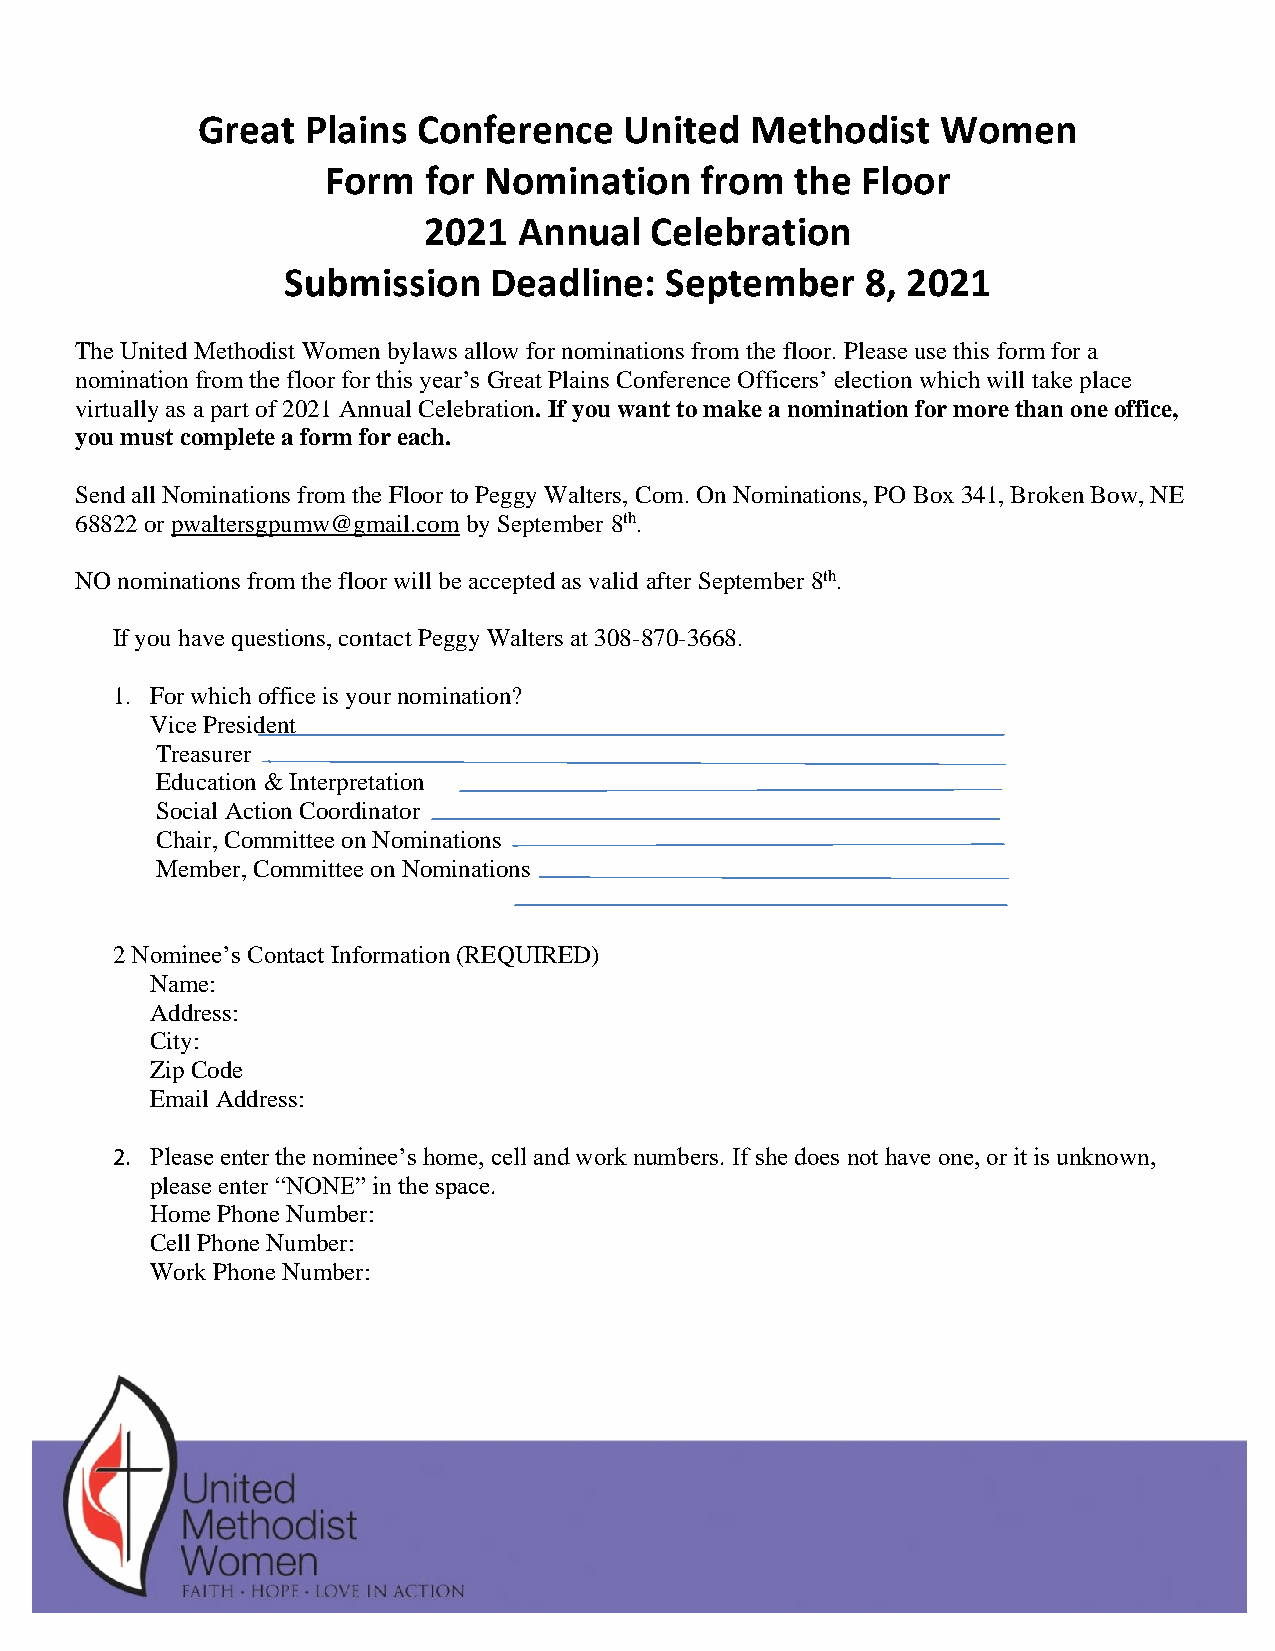
Great  Plains  Conference   United   Methodist   Women
 Form  for Nomination    from   the Floor
 2021  Annual   Celebration
 Submission   Deadline:   September    8, 2021
 The United Methodist Women bylaws allow for nominations from the floor. Please use this form for a
 nomination from the floor for this year’s Great Plains Conference Officers’ election which will take place
 virtually as a part of 2021 Annual Celebration. If you want to make a nomination for more than one office,
 you must complete a form for each.
 Send all Nominations from the Floor to Peggy Walters, Com. On Nominations, PO Box 341, Broken Bow, NE
 68822 or pwaltersgpumw@gmail.com by September 8th.
 NO nominations from the floor will be accepted as valid after September 8th.
 If you have questions, contact Peggy Walters at 308-870-3668.
 1. For which office is your nomination?
 Vice President
 Treasurer
 Education & Interpretation
 Social Action Coordinator
 Chair, Committee on Nominations
 Member, Committee on Nominations
 2 Nominee’s Contact Information (REQUIRED)
 Name:
 Address:
 City:
 Zip Code
 Email Address:
 2. Please enter the nominee’s home, cell and work numbers. If she does not have one, or it is unknown,
 please enter “NONE” in the space.
 Home Phone Number:
 Cell Phone Number:
 Work Phone Number: